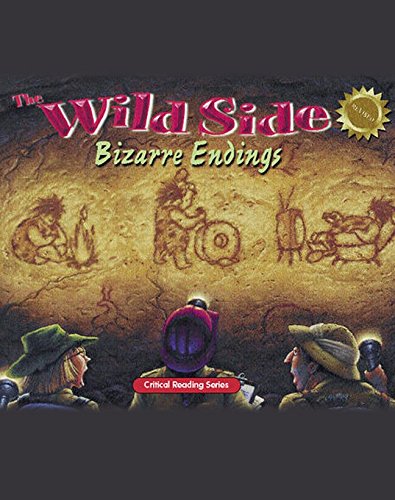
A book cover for The Wild Side: Bizarre Endings; McGraw-Hill Education; Children's Books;